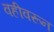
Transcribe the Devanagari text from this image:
वहीवरून